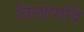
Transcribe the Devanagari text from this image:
विलापादि